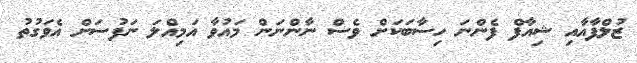
ޒުލްފާއާއި ޝިއާފް ފެންނަ ހިސާބަކަށް ވެސް ނާންނަން މައުވާ އަމިއްލަ ނަފުސަށް އެވަގުތު